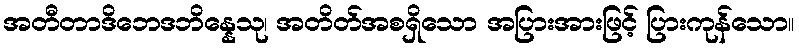
အတီတာဒိဘေဒဘိန္နေသု၊ အတိတ်အစရှိသော အပြားအားဖြင့် ပြားကုန်သော။